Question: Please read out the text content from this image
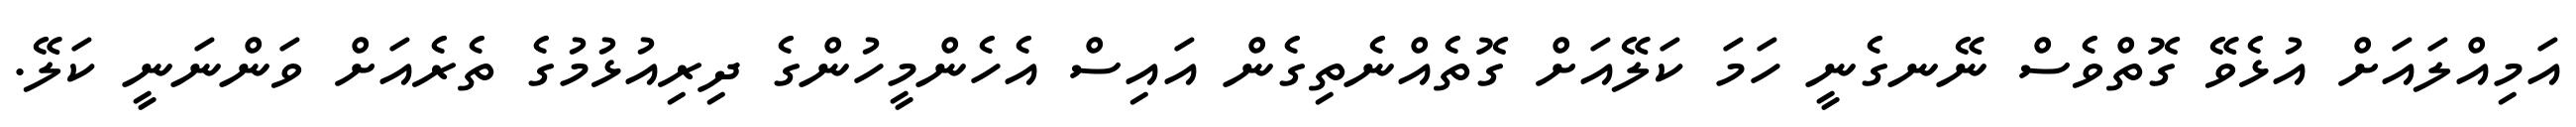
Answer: އަމިއްލައަށް އުޅެވޭ ގޮތްވެސް ނޭނގެނީ ހަމަ ކަލޭއަށް ގޮތެއްނެތިގެން އައިސް އެހެންމީހުންގެ ދިރިއުޅުމުގެ ތެރެއަށް ވަންނަނީ ކަލޭ.